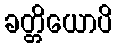
ခတ္တိယောပိ